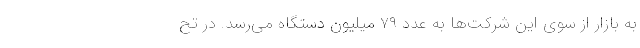
به بازار از سوی این شرکت‌ها به عدد ۷۹ میلیون دستگاه می‌رسد. در تح